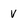
Character: V